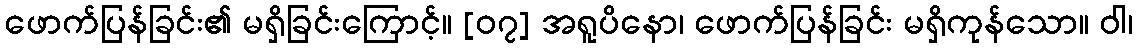
ဖောက်ပြန်ခြင်း၏ မရှိခြင်းကြောင့်။ [၀၇] အရူပိနော၊ ဖောက်ပြန်ခြင်း မရှိကုန်သော။ ဝါ၊